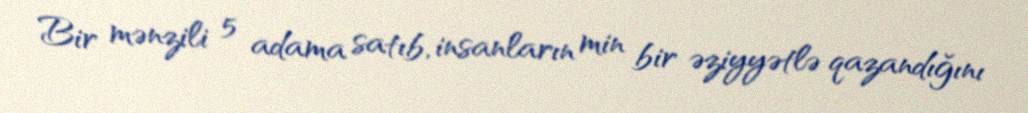
Bir mənzili 5 adama satıb, insanların min bir əziyyətlə qazandığını